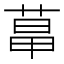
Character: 𦳱